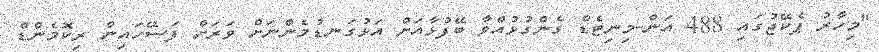
"މިހާރު ޕެކޭޖުގައި 488 އަން-މިނިޓެޑް ގެންގުޅުއްވާ ބޭފުޅާއަށް އަޅުގަނޑުމެންނަށް ވަރަށް ފަސޭހައިން ރިކޮމެންޑް